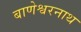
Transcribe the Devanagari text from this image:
बाणेश्वरनाथ